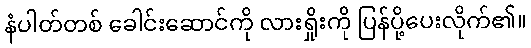
နံပါတ်တစ် ခေါင်းဆောင်ကို လားရှိုးကို ပြန်ပို့ပေးလိုက်၏။